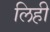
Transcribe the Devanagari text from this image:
लिही